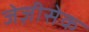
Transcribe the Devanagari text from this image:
जेज़ीसेक